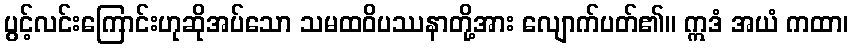
ပွင့်လင်းကြောင်းဟုဆိုအပ်သော သမထဝိပဿနာတို့အား လျောက်ပတ်၏။ ဣဒံ အယံ ကထာ၊